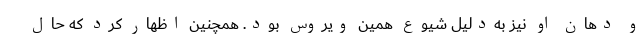
و دهان او نیز به‌دلیل شیوع همین ویروس بود. همچنین اظهار کرد که حال